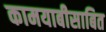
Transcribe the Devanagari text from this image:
कामयाबीसाबित